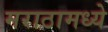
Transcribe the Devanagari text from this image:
मराठामध्ये